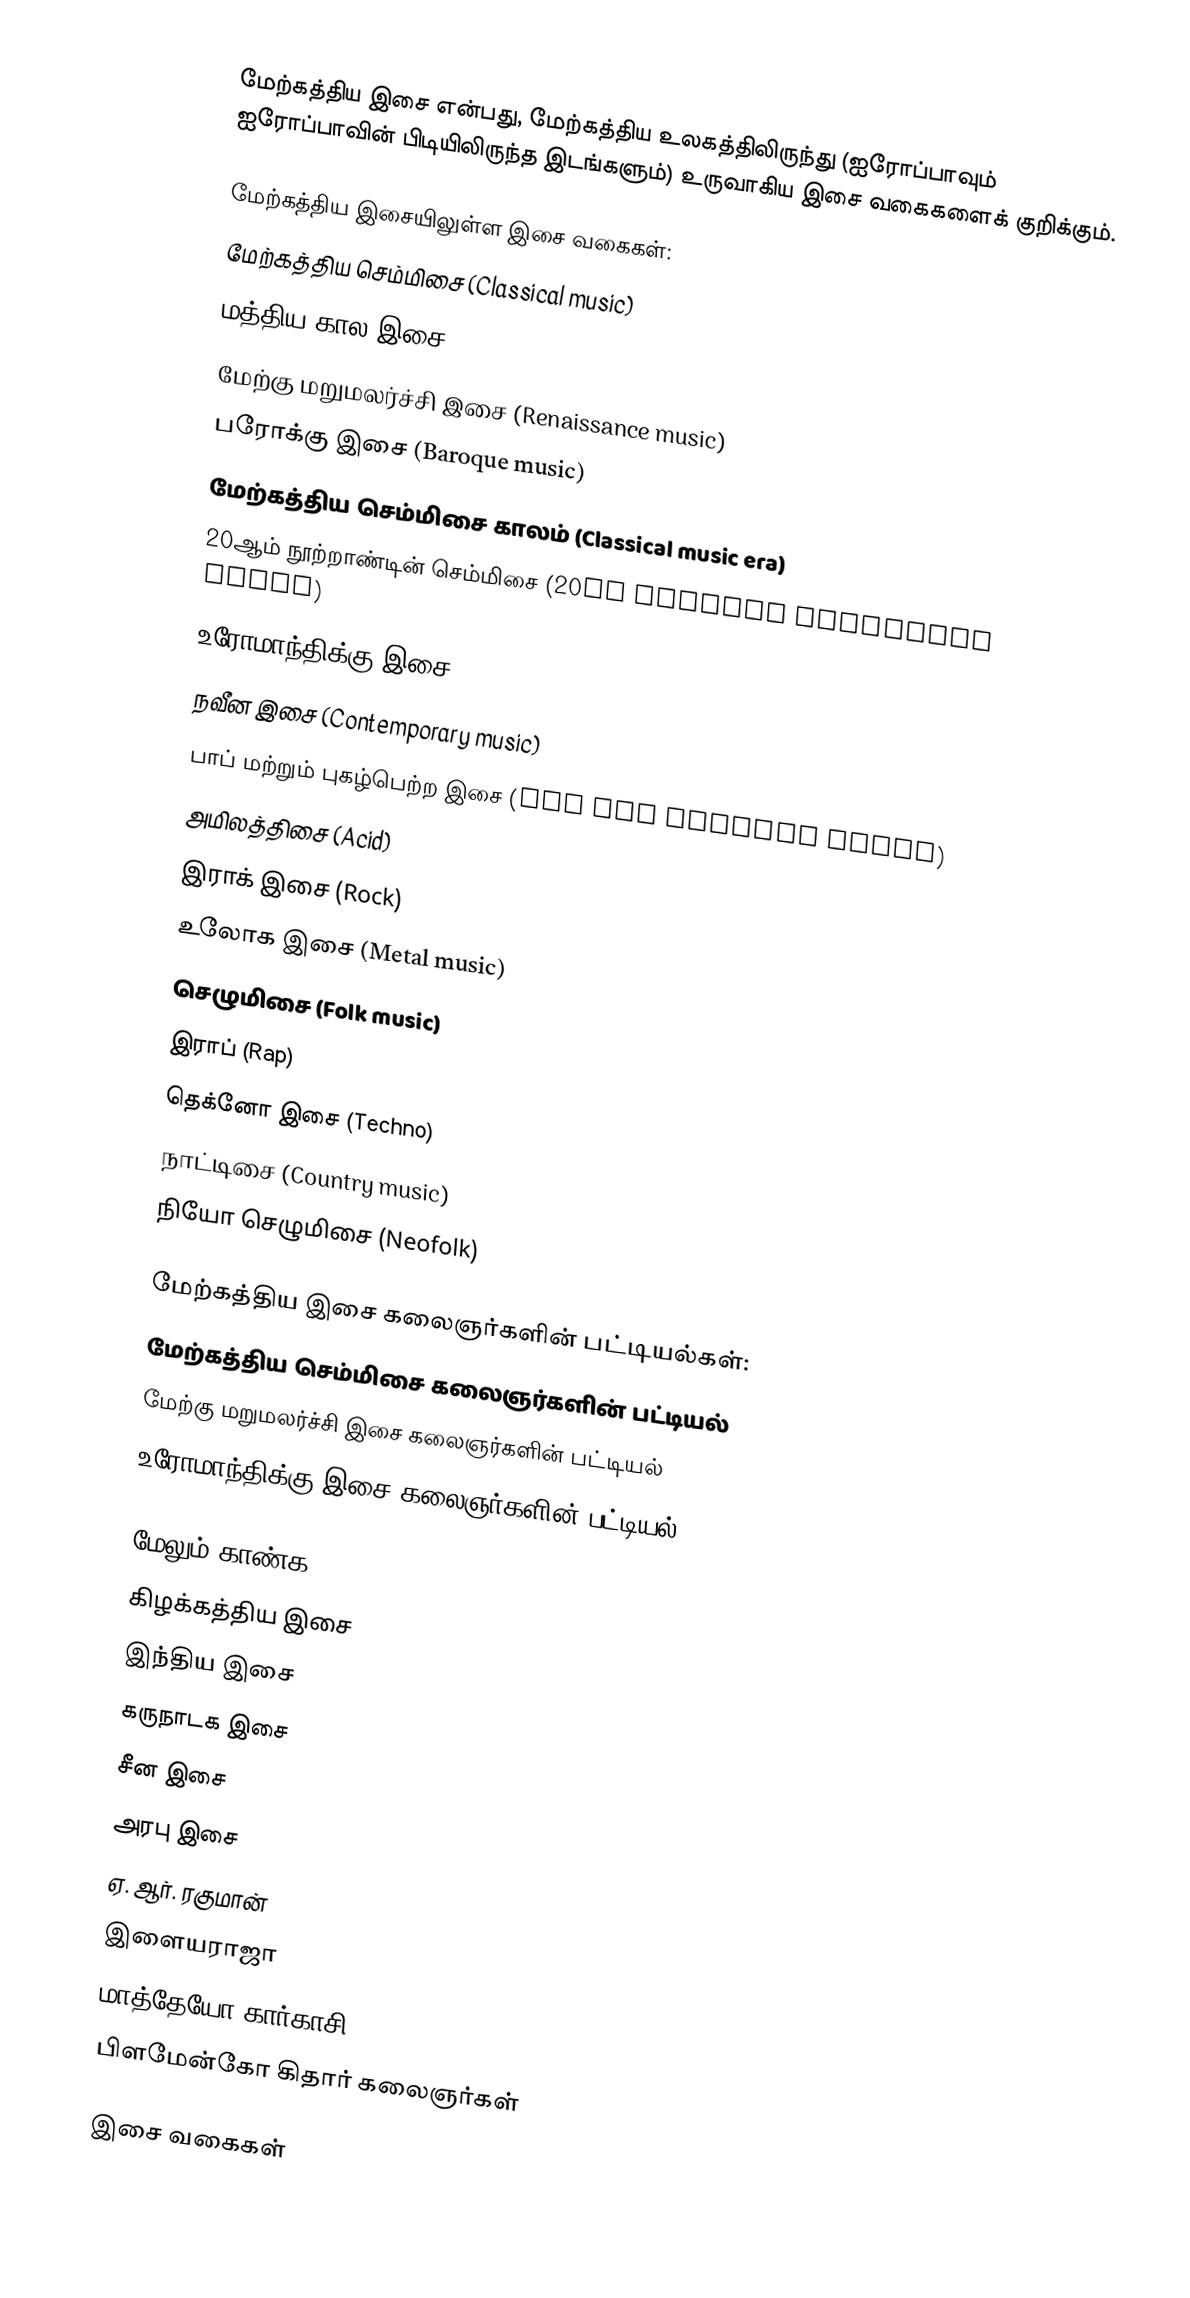
மேற்கத்திய இசை என்பது, மேற்கத்திய உலகத்திலிருந்து (ஐரோப்பாவும் ஐரோப்பாவின் பிடியிலிருந்த இடங்களும்) உருவாகிய இசை வகைகளைக் குறிக்கும்.

மேற்கத்திய இசையிலுள்ள இசை வகைகள்:
மேற்கத்திய செம்மிசை (Classical music)
மத்திய கால இசை (Medieval music)
மேற்கு மறுமலர்ச்சி இசை (Renaissance music)
பரோக்கு இசை (Baroque music)
மேற்கத்திய செம்மிசை காலம் (Classical music era)
20ஆம் நூற்றாண்டின் செம்மிசை (20th century classical music)
உரோமாந்திக்கு இசை (Romantic music)
நவீன இசை (Contemporary music)
பாப் மற்றும் புகழ்பெற்ற இசை (Pop and popular music)
அமிலத்திசை (Acid)
இராக் இசை (Rock)
உலோக இசை (Metal music)
செழுமிசை (Folk music)
இராப் (Rap)
தெக்னோ இசை (Techno)
நாட்டிசை (Country music)
நியோ செழுமிசை (Neofolk)

மேற்கத்திய இசை கலைஞர்களின் பட்டியல்கள்:
மேற்கத்திய செம்மிசை கலைஞர்களின் பட்டியல்
மேற்கு மறுமலர்ச்சி இசை கலைஞர்களின் பட்டியல்
உரோமாந்திக்கு இசை கலைஞர்களின் பட்டியல்

மேலும் காண்க
 கிழக்கத்திய இசை
 இந்திய இசை
 கருநாடக இசை
 சீன இசை
 அரபு இசை
 ஏ. ஆர். ரகுமான்
 இளையராஜா
 மாத்தேயோ கார்காசி
 பிளமேன்கோ கிதார் கலைஞர்கள்

இசை வகைகள்